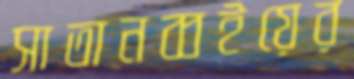
সাতানব্বইয়ের